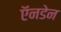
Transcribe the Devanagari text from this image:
ऍनडेन